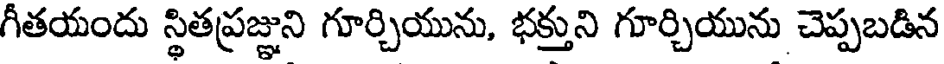
గీతయందు స్థితప్రజ్ఞుని గూర్చియును, భక్తుని గూర్చియును చెప్పబడిన